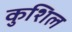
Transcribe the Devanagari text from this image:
कुशिल